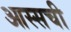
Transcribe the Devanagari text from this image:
आस्सची